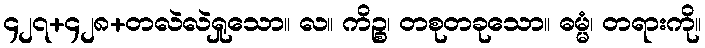
၄၂၇+၄၂၈+တလဲလဲရှုသော။ လ။ ကိဉ္စ၊ တစုတခုသော။ ဓမ္မံ၊ တရားကို။